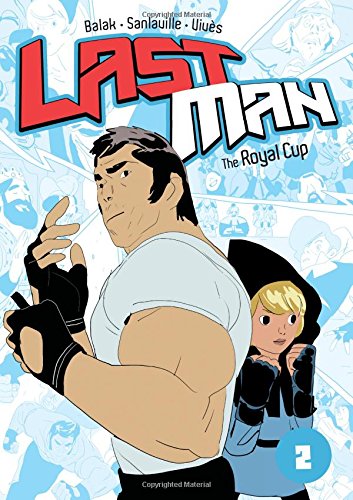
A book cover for The Royal Cup (Last Man); Bastien VivÃ¨s; Comics & Graphic Novels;